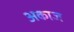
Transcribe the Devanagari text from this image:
अकाज